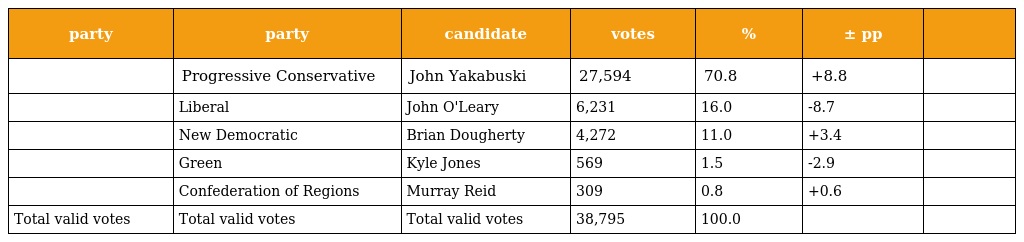
| party | party | candidate | votes | % | ± pp |  |
 | --- | --- | --- | --- | --- | --- | --- |
 |  | Progressive Conservative | John Yakabuski | 27,594 | 70.8 | +8.8 |  |
 |  | Liberal | John O'Leary | 6,231 | 16.0 | -8.7 |  |
 |  | New Democratic | Brian Dougherty | 4,272 | 11.0 | +3.4 |  |
 |  | Green | Kyle Jones | 569 | 1.5 | -2.9 |  |
 |  | Confederation of Regions | Murray Reid | 309 | 0.8 | +0.6 |  |
 | Total valid votes | Total valid votes | Total valid votes | 38,795 | 100.0 |  |  |